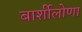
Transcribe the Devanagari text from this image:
बार्शीलोणा